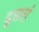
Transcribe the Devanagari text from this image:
दूसरां